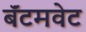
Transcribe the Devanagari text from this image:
बॅंटमवेट